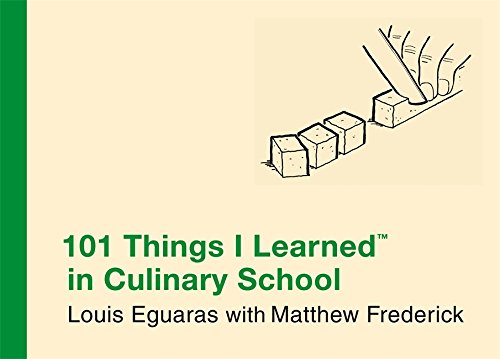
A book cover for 101 Things I Learned in Culinary School; Louis Eguaras; Cookbooks, Food & Wine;